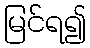
မြင်ရ၍